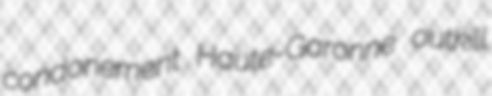
condonement Haute-Garonne outkill